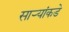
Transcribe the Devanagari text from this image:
सार्‍यांकडे